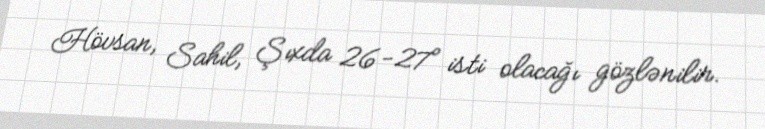
Hövsan, Sahil, Şıxda 26-27° isti olacağı gözlənilir.